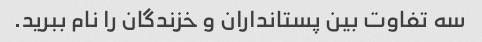
سه تفاوت بین پستانداران و خزندگان را نام ببرید.